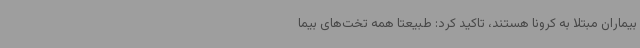
بیماران مبتلا به کرونا هستند، تاکید کرد: طبیعتا همه‌ تخت‌های بیما